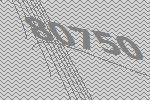
80750